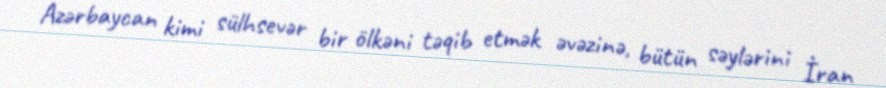
Azərbaycan kimi sülhsevər bir ölkəni təqib etmək əvəzinə, bütün səylərini İran